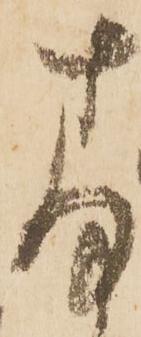
存